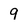
Character: q